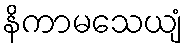
နိကာမသေယျံ